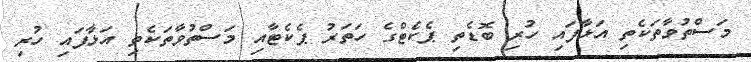
މަސްތުވާތަކެތި އަޅާފައި ހުރި ބޮޑެތި ޕެކެޓްގެ ހަތަރު ޕެކެޓާއި މަސްތުވާތަކެތި އަޅާފައި ހުރި